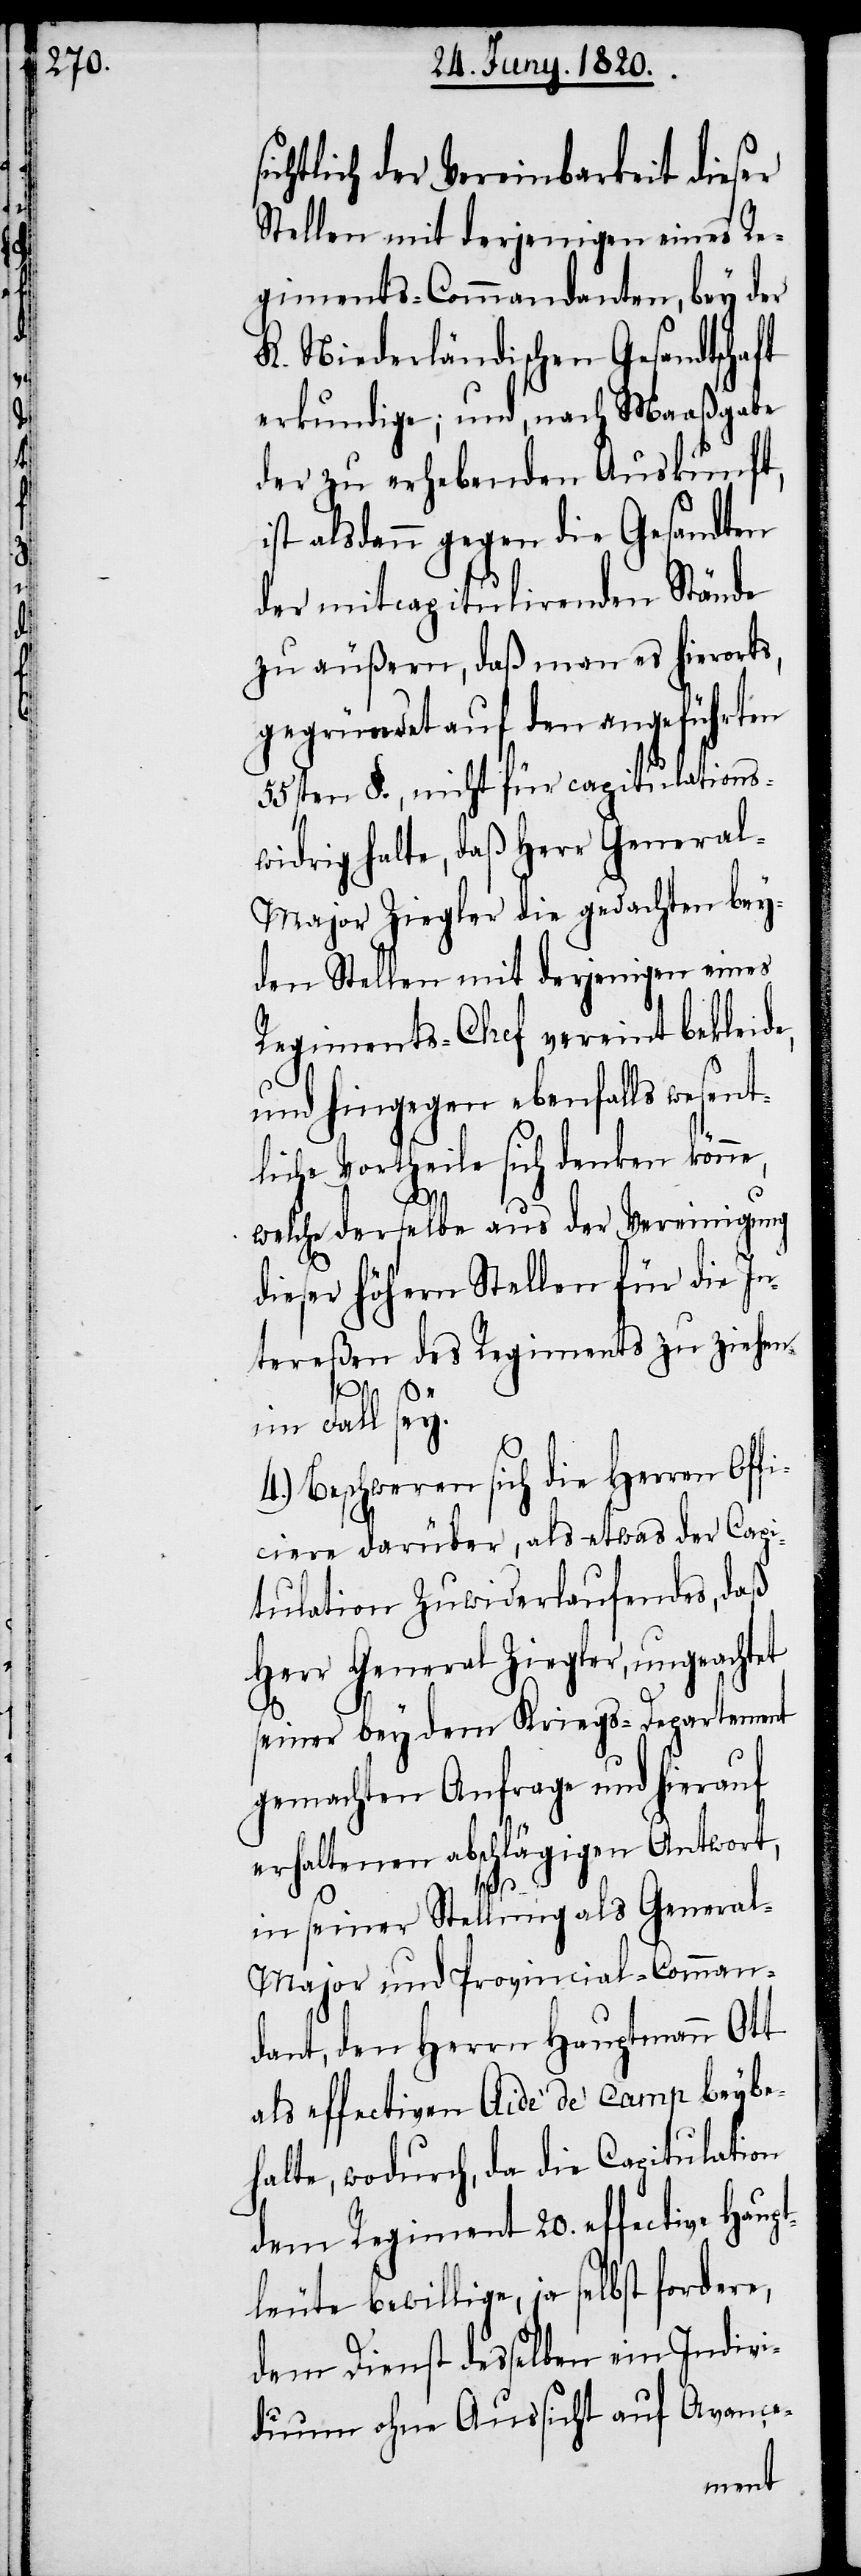
chtlich der Vereinbarkeit dieser
Stellen mit derjenigen eines Re¬
giments-Commandanten, bey der
K. Niederländischen Gesandtschaft
erkundige; und, nach Maaßgabe
der zu erhebenden Auskunft,
ist alsdann gegen die Gesandten
der mit capitulirenden Stände
zu äußern, daß man es hierorts,
gegründet auf den angeführten
55sten §., nicht für capitulations¬
widrig halte, daß Herr Genera¬
l-Major Ziegler die gedachten bey¬
den Stellen mit derjenigen eines
Regimentes-Chef vereint bekleide,
und hingegen ebenfalls wesent¬
liche Vortheile sich denken können,
welche derselbe aus der Vereinigung
dieser höhern Stellen für die In¬
tereßen des Regiments zu ziehen
im Fall sey.
4.) Beschweren sich die Herren Off¬
iciere darüber, als etwas der Capi¬
tulation zuwiederlaufendes, daß
Herr Generals Ziegler, ungeachtet
seiner bey dem Kriegs-Departement
gemachten Anfrage und hierauf
erhaltenen abschlägigen Antwort,
si¬
in seiner Stellung als Genera¬
l-Major und Provincial-Comman¬
dant, den Herrn Hauptmann Ott
als effectiven Aide‘ de‘ camp beybe¬
halte, wodurch, da die Capitulation
dem Regiment 20. effective Haup¬
tleute bewillige, ja selbst fordere,
dem Dienst desselben ein Indivi¬
duum ohne Aussicht auf Avance-